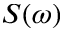
S ( \omega )